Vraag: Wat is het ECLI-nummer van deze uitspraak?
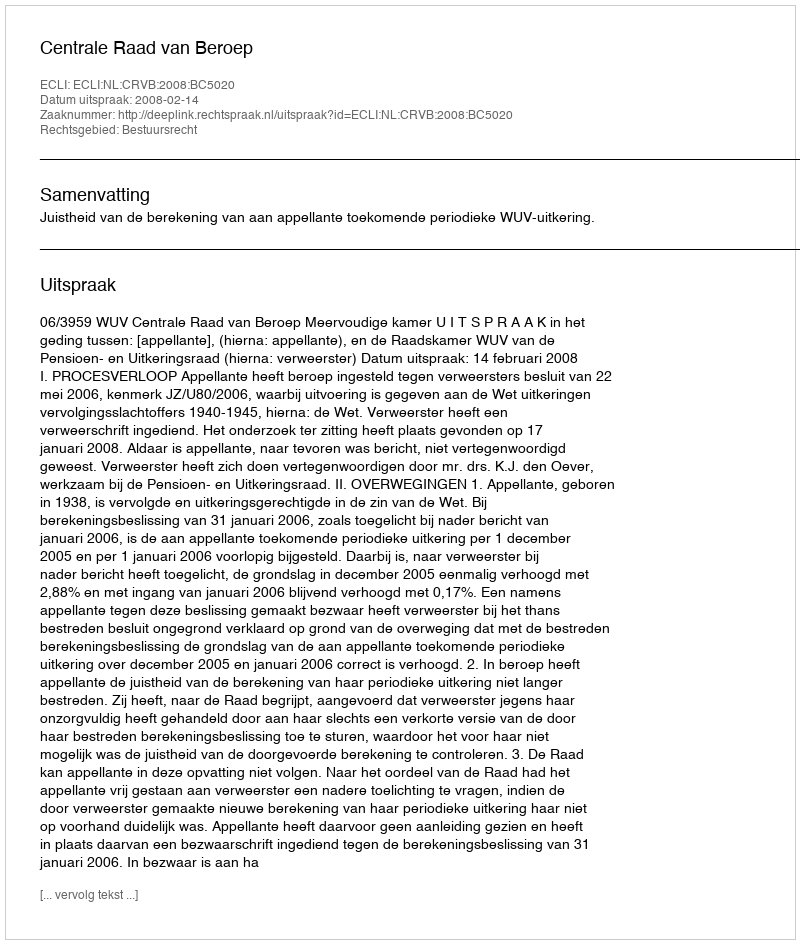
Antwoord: ECLI:NL:CRVB:2008:BC5020